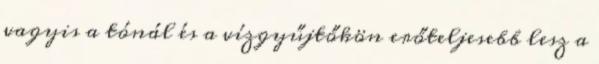
vagyis a tónál és a vízgyűjtőkön erőteljesebb lesz a